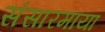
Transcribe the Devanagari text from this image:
संसारमायां